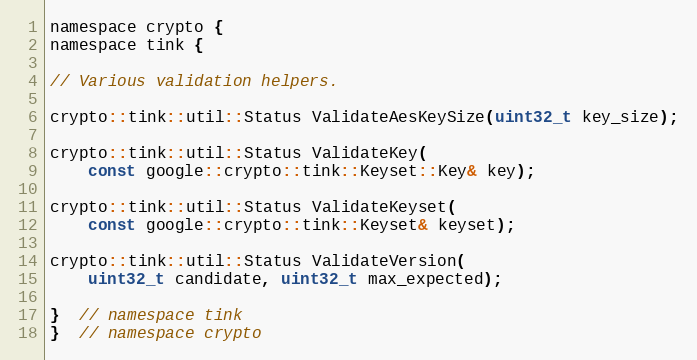
Language: C
namespace crypto {
namespace tink {

// Various validation helpers.

crypto::tink::util::Status ValidateAesKeySize(uint32_t key_size);

crypto::tink::util::Status ValidateKey(
    const google::crypto::tink::Keyset::Key& key);

crypto::tink::util::Status ValidateKeyset(
    const google::crypto::tink::Keyset& keyset);

crypto::tink::util::Status ValidateVersion(
    uint32_t candidate, uint32_t max_expected);

}  // namespace tink
}  // namespace crypto